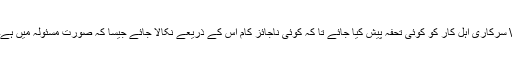
\ سرکاری اہل کار کو کوئی تحفہ پیش کیا جائے تا کہ کوئی ناجائز کام اس کے ذریعے نکالا جائے جیسا کہ صورت مسئولہ میں ہے۔